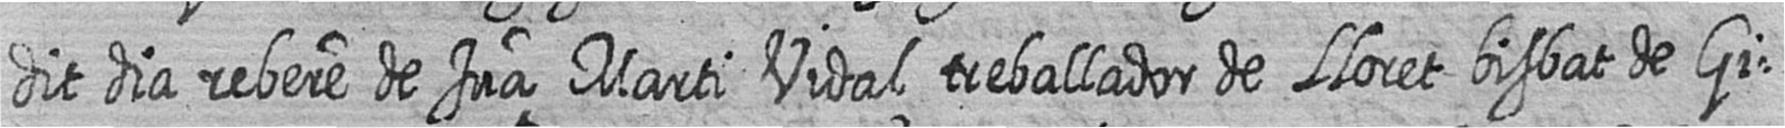
dit dia rebere de Jua Marti Vidal treballador de Lloret bisbat de Gi=